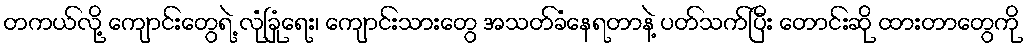
တကယ်လို့ ကျောင်းတွေရဲ့ လုံခြုံရေး၊ ကျောင်းသားတွေ အသတ်ခံနေရတာနဲ့ ပတ်သက်ပြီး တောင်းဆို ထားတာတွေကို